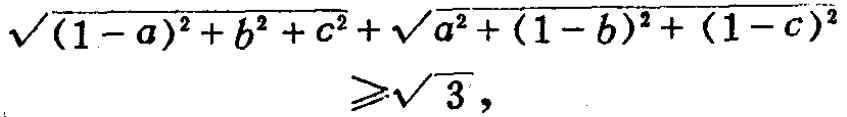
\(\sqrt{(1 - a)^{2}+b^{2}+c^{2}}+\sqrt{a^{2}+(1 - b)^{2}+(1 - c)^{2}}\geqslant\sqrt{3}\)